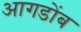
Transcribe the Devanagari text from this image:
आगडोंब